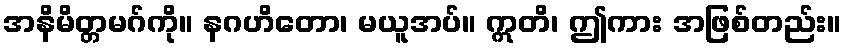
အနိမိတ္တမဂ်ကို။ နဂဟိတော၊ မယူအပ်။ ဣတိ၊ ဤကား အဖြစ်တည်း။